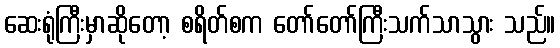
ဆေးရုံကြီးမှာဆိုတော့ စရိတ်စက တော်တော်ကြီးသက်သာသွား သည်။